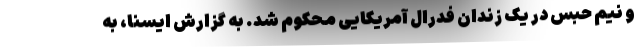
و نیم حبس در یک زندان فدرال آمریکایی محکوم شد. به گزارش ایسنا، به